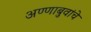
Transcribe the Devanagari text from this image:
अण्णाबुवांचे